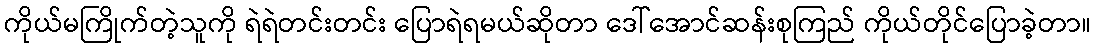
ကိုယ်မကြိုက်တဲ့သူကို ရဲရဲတင်းတင်း ပြောရဲရမယ်ဆိုတာ ဒေါ်အောင်ဆန်းစုကြည် ကိုယ်တိုင်ပြောခဲ့တာ။